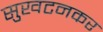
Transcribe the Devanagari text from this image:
सुखटनकर